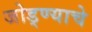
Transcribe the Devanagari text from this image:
जोड्ण्याचे